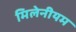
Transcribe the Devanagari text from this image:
मिलेनीयम